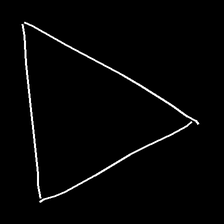
Glyph: convergence